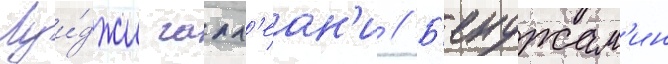
Луи́джи галл'еан'и // Б'енджам'ин